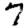
Digit: 7